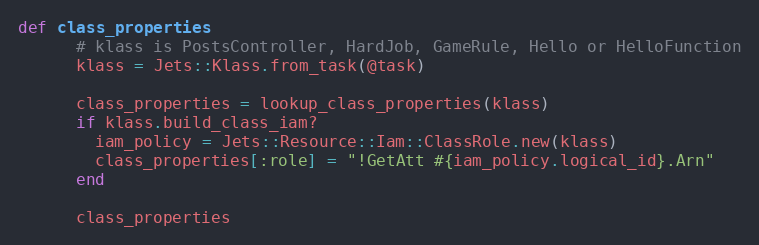
Language: Ruby
def class_properties
      # klass is PostsController, HardJob, GameRule, Hello or HelloFunction
      klass = Jets::Klass.from_task(@task)

      class_properties = lookup_class_properties(klass)
      if klass.build_class_iam?
        iam_policy = Jets::Resource::Iam::ClassRole.new(klass)
        class_properties[:role] = "!GetAtt #{iam_policy.logical_id}.Arn"
      end

      class_properties